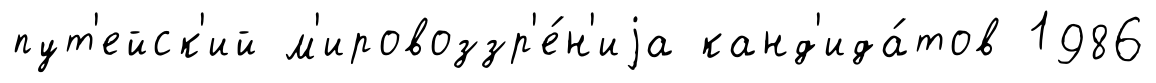
пут'ейск'ий м'ировоззр'е́н'иjа канд'ида́тов 1986